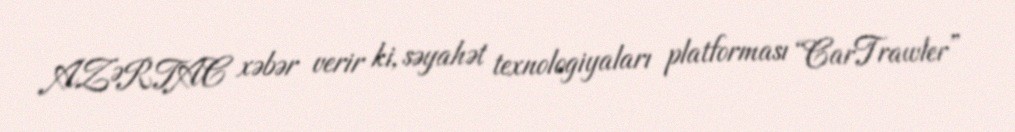
AZƏRTAC xəbər verir ki, səyahət texnologiyaları platforması “CarTrawler”